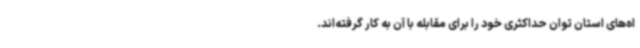
اه‌های استان توان حداکثری خود را برای مقابله با آن به کار گرفته‌اند.